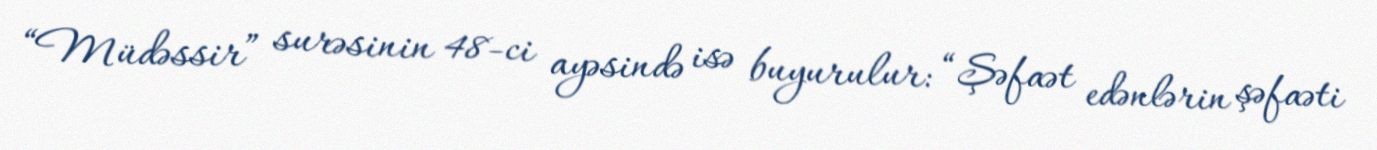
“Müdəssir” surəsinin 48-ci ayəsində isə buyurulur: “Şəfaət edənlərin şəfaəti